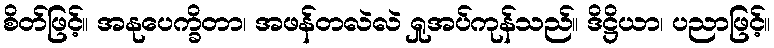
စိတ်ဖြင့်။ အနုပေက္ခိတာ၊ အဖန်တလဲလဲ ရှုအပ်ကုန်သည်။ ဒိဋ္ဌိယာ၊ ပညာဖြင့်။